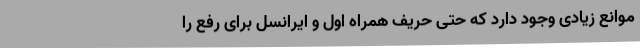
موانع زیادی وجود دارد که حتی حریف همراه اول و ایرانسل برای رفع را